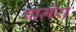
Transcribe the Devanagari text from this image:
पामेरा